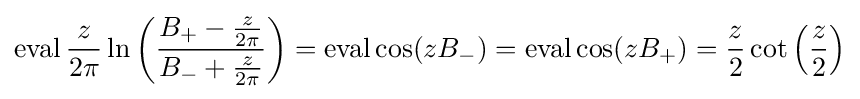
\operatorname {eval} {\frac {z}{2\pi }}\ln \left({\frac {B_{+}-{\frac {z}{2\pi }}}{B_{-}+{\frac {z}{2\pi }}}}\right)=\operatorname {eval} \cos(zB_{-})=\operatorname {eval} \cos(zB_{+})={\frac {z}{2}}\cot \left({\frac {z}{2}}\right)